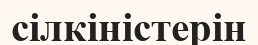
сілкіністерін